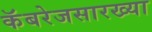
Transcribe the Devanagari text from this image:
कॅबरेजसारख्या